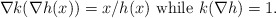
\begin{align*} \nabla k ( \nabla h (x) ) = x/ h(x) \mbox{ while } k ( \nabla h ) = 1.\end{align*}